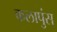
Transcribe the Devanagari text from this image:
कलापुंस